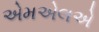
એમએલએ